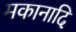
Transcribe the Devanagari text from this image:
मकानादि